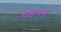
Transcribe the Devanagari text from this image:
दहन॥